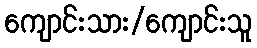
ကျောင်းသား/ကျောင်းသူ